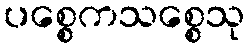
ပစ္စေကသစ္စေသု